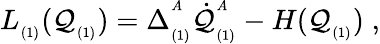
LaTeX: L_{_{(1)}}(\mathcal{Q}_{_{(1)}})=\Delta_{_{(1)}}^{^A}\dot{{\mathcal{Q}}}_{_{(1)}}^{^A}-H(\mathcal{Q}_{_{(1)}})\; ,